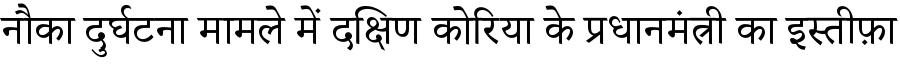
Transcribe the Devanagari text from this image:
नौका दुर्घटना मामले में दक्षिण कोरिया के प्रधानमंत्री का इस्तीफ़ा